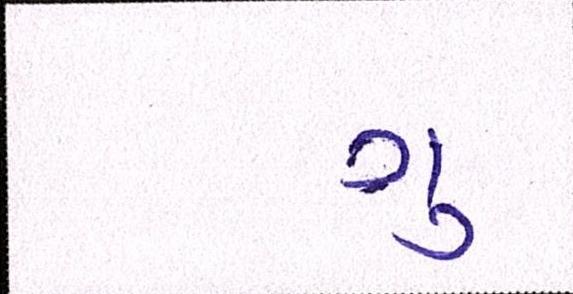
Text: ગુ